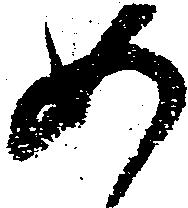
如